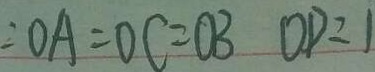
: O A = O C = O B O D = 1